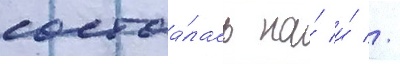
состоа́лась на́ и́ //